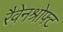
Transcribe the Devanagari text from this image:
रैवेनश्रोफ्ट